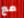
مع